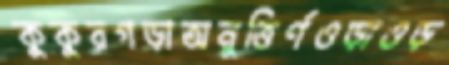
কুকুরগড়াঅনুত্তির্ণওড়াওড়